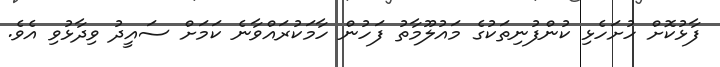
ފާޅުކޮށް ހުށަހެޅި ކުންފުނިތަކުގެ މައުލޫމާތު ފަހުން ހާމަކުރައްވާނެ ކަމަށް ސައީދު ވިދާޅުވި އެވެ.